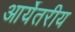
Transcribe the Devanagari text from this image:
आर्येतरीय